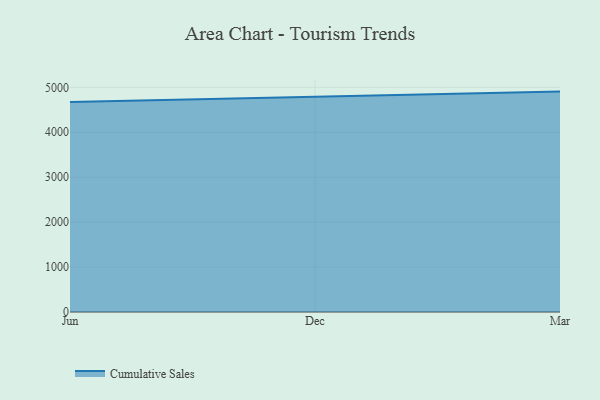
{"axis": {"x": "Month", "y": "Headcount"}, "legend": ["Cumulative Sales"], "data": [{"x": "Jun", "y": 4676.1, "type": "Cumulative Sales"}, {"x": "Dec", "y": 4786.4, "type": "Cumulative Sales"}, {"x": "Mar", "y": 4905.0, "type": "Cumulative Sales"}]}